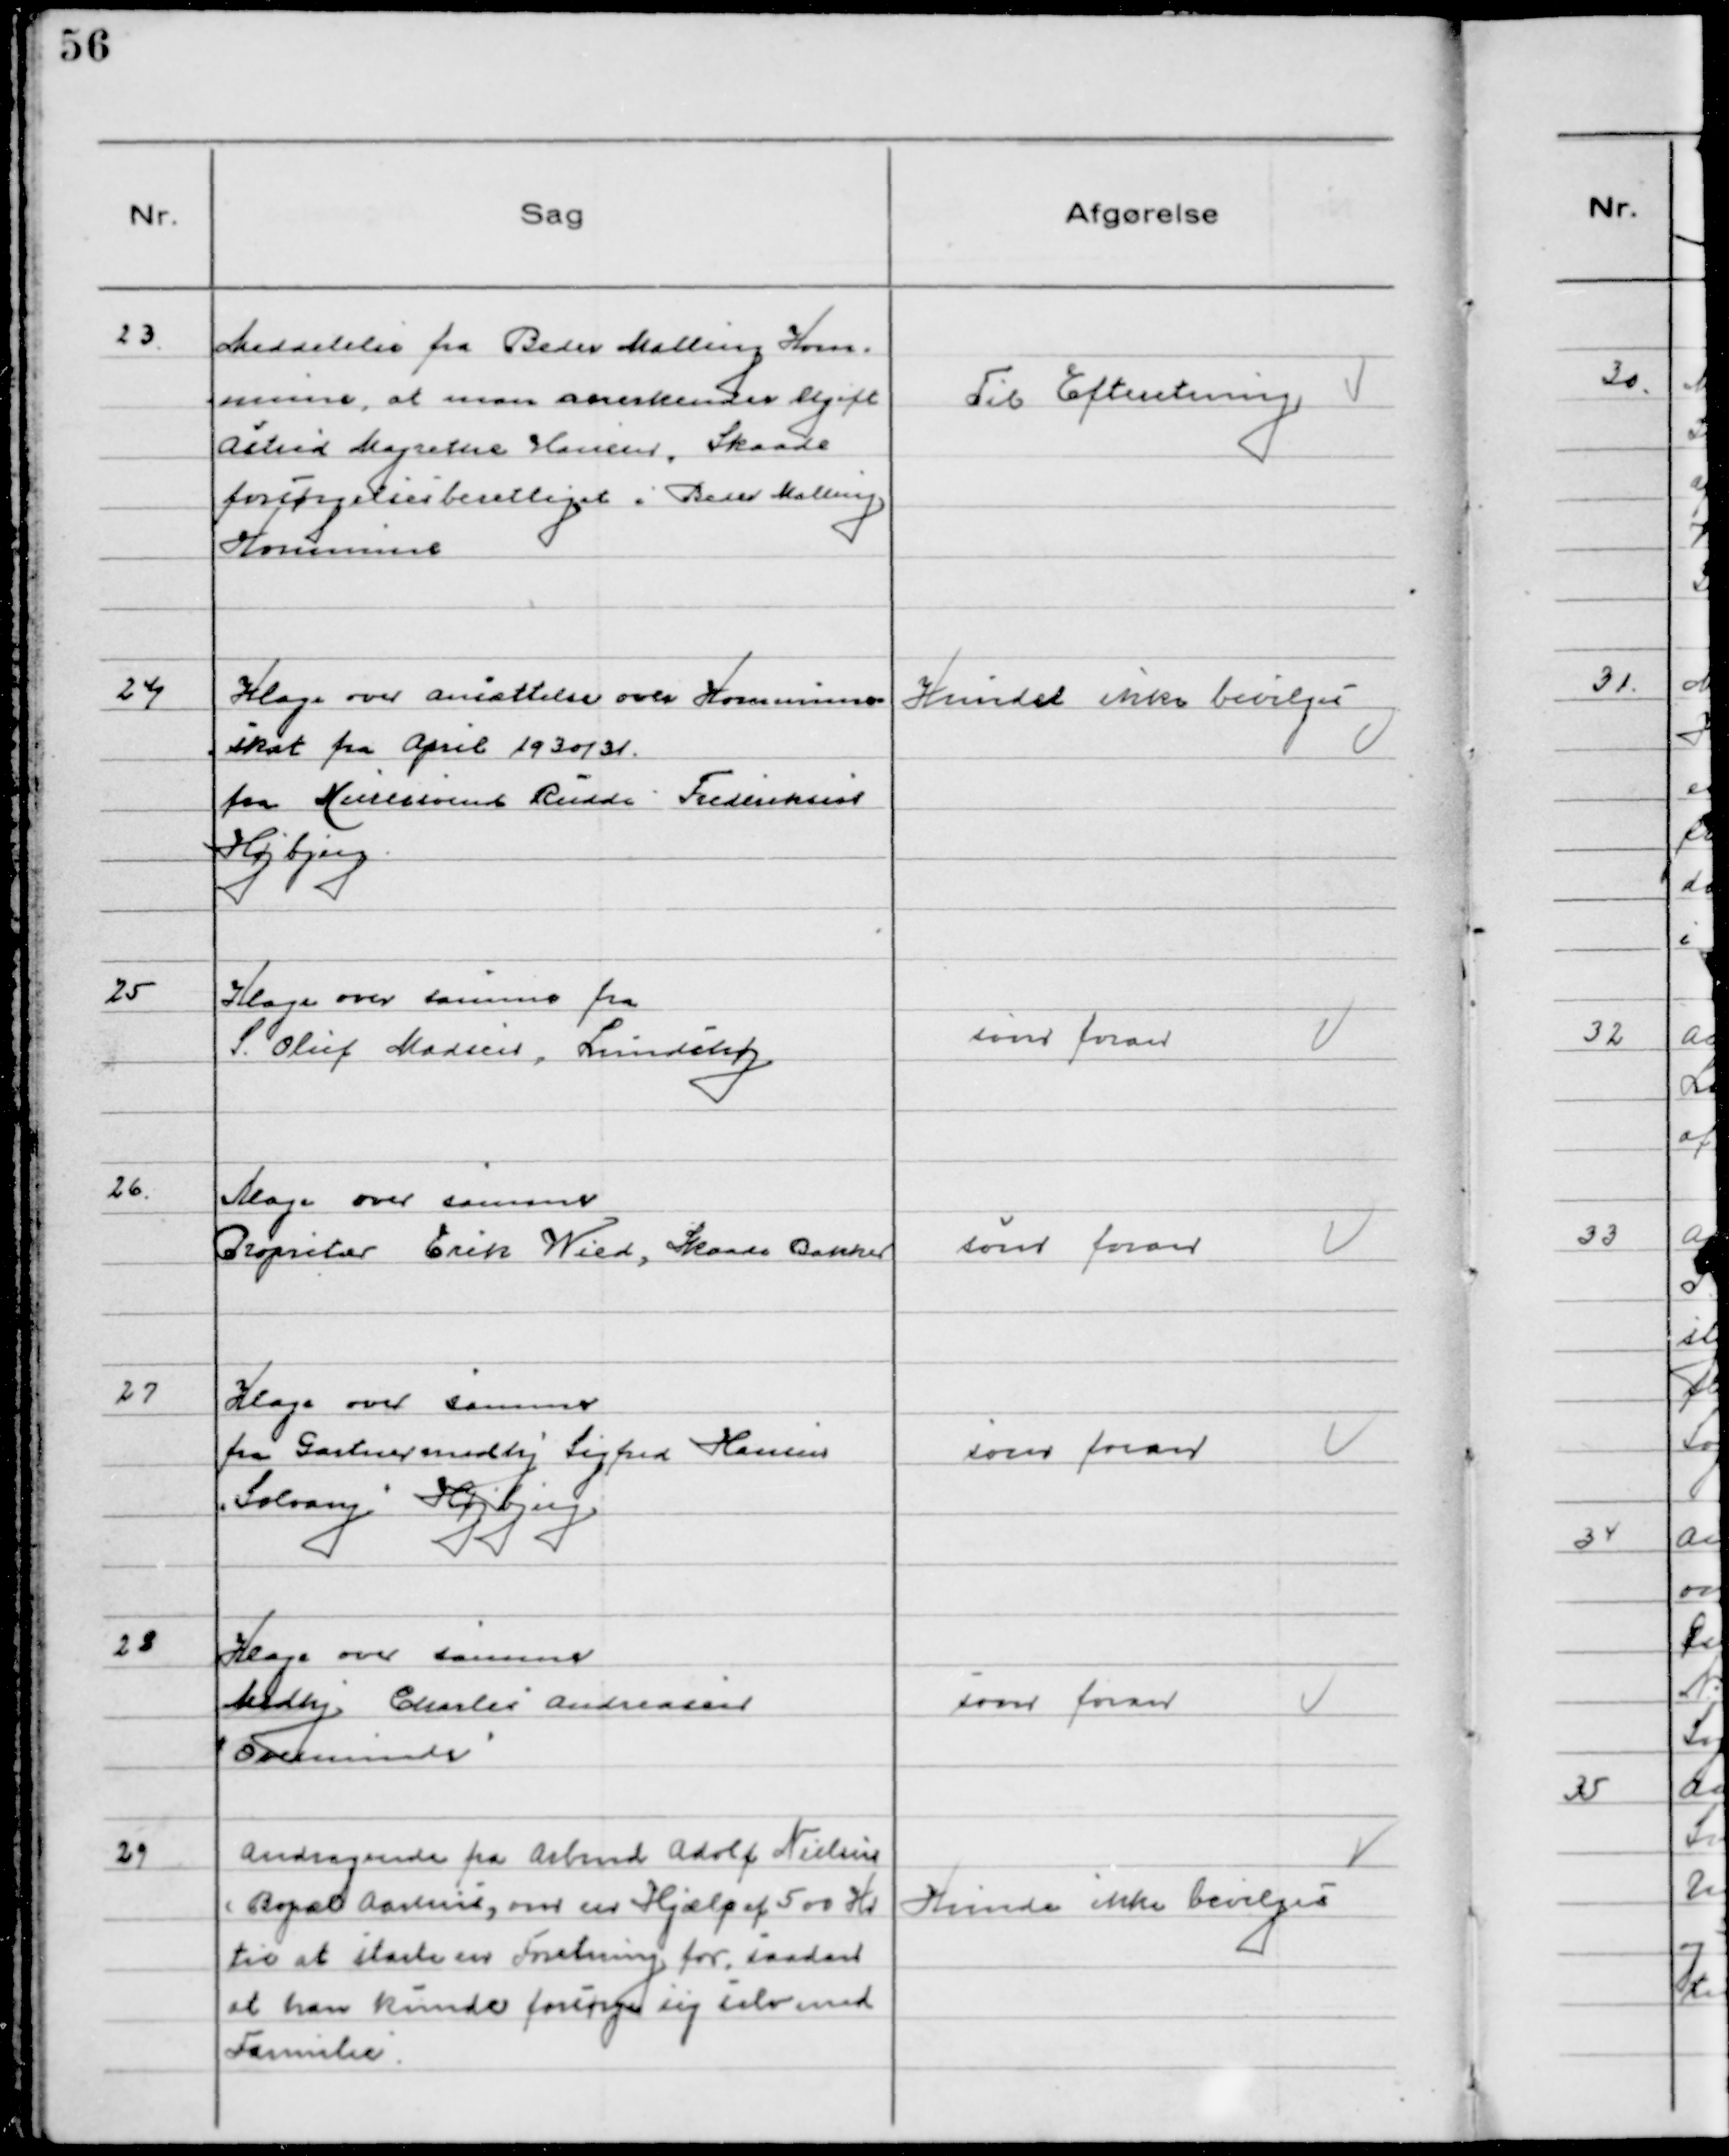
Transskription:
23. Meddelelse fra Beder Malling Kom-
mune, at man anerkender Ugift
Astrid Magrethe Hansen, Skaade
forsørgelsesberettiget i Beder Malling
Kommune

Til Efteretning

24 Klage over ansættelse over Kommune-
skat fra April 1930/31
fra Murersvend Ruddi Frederiksen
Højbjerg

Kunde ikke bevilges

25 Klage over samme fra
S. Oluf Madsen, Lundshøj

som foran

26. Klage over samme
Propritær Erik Wied, Skaade Bakker

som foran

27 Klage over samme
fra Gartnermedhj Sigfred Hansen
"Solvang" Højbjerg

som foran

23 Klage over samme
Medhj Charles Andreasen
" Ovesminde"

som foran

29 Andragende fra Arbmd Adolf Nielsen
(Bopæl Aarhus, om en Hjælp af 500 Kr
til at starte en Foretning for, saadan
at han kunde forsørge sig selv med
Familie.

Kunde ikke bevilges